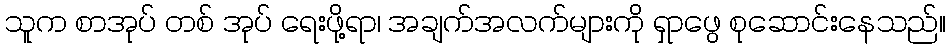
သူက စာအုပ် တစ် အုပ် ရေးဖို့ရာ၊ အချက်အလက်များကို ရှာဖွေ စုဆောင်းနေသည်။